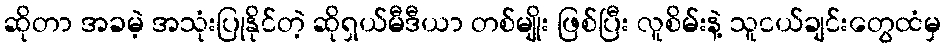
ဆိုတာ အခမဲ့ အသုံးပြုနိုင်တဲ့ ဆိုရှယ်မီဒီယာ တစ်မျိုး ဖြစ်ပြီး လူစိမ်းနဲ့ သူငယ်ချင်းတွေထံမှ